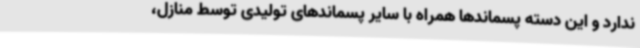
ندارد و این دسته پسماندها همراه با سایر پسماندهای تولیدی توسط منازل،